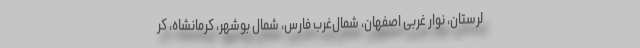
لرستان، نوار غربی اصفهان، شمال‌غرب فارس، شمال بوشهر، کرمانشاه، کر